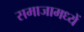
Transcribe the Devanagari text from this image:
समाजामध्यें